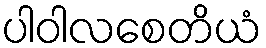
ပါဝါလစေတိယံ